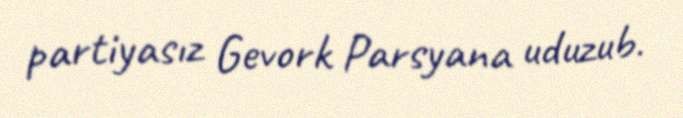
partiyasız Gevork Parsyana uduzub.